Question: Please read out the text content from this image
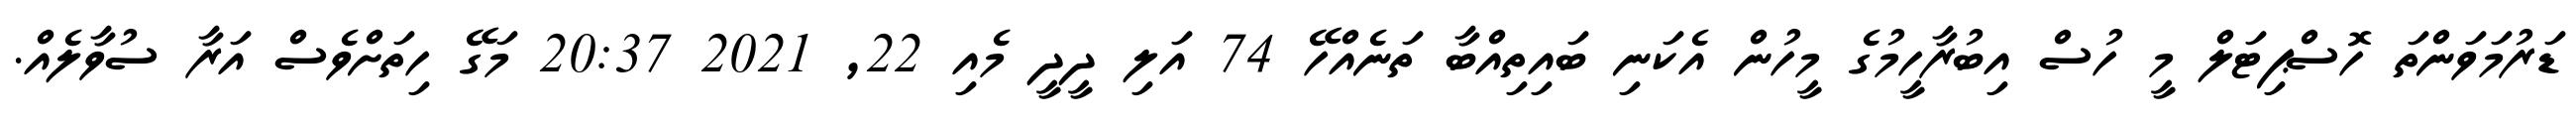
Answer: ޑަރުމަވަންތަ ހޮސްޕިޓަލް މީ ހުސް އިބުރާހީމުގެ މީހުން އެކަނި ބައިތިއްބާ ތަނެއްހޭ 74 އަލި ދީދީ މެއި 22, 2021 20:37 މަގޭ ހިތަށްވެސް އަރާ ސުވާލެއް.